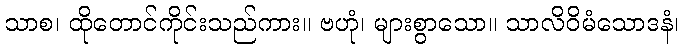
သာစ၊ ထိုတောင်ကိုင်းသည်ကား။ ဗဟုံ၊ များစွာသော။ သာလိဝိမံသောဒနံ၊